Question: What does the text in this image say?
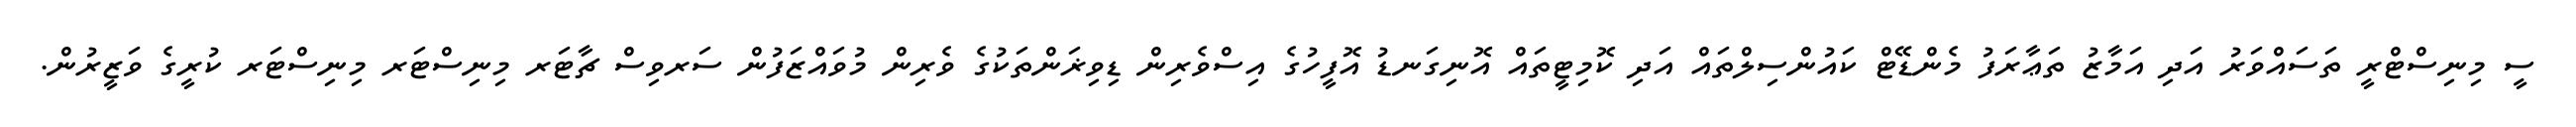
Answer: ސީ މިނިސްޓްރީ ތަސައްވަރު އަދި އަމާޒު ތަޢާރަފު މެންޑޭޓް ކައުންސިލްތައް އަދި ކޮމިޓީތައް އޮނިގަނޑު އޮފީހުގެ އިސްވެރިން ޑިވިޜަންތަކުގެ ވެރިން މުވައްޒަފުން ސަރވިސް ޗާޓަރ މިނިސްޓަރ މިނިސްޓަރ ކުރީގެ ވަޒީރުން.